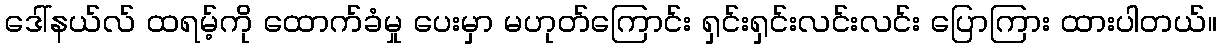
ဒေါ်နယ်လ် ထရမ့်ကို ထောက်ခံမှု ပေးမှာ မဟုတ်ကြောင်း ရှင်းရှင်းလင်းလင်း ပြောကြား ထားပါတယ်။